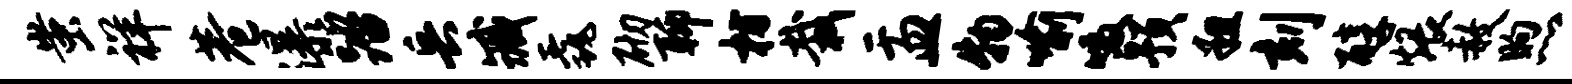
蚩祥巷瀑踏兵臧毳砌聊枋栽盂物喻啜预粗刻醇煨赦煦